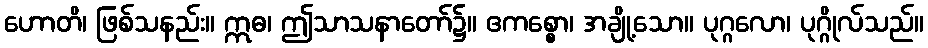
ဟောတိ၊ ဖြစ်သနည်း။ ဣဓ၊ ဤသာသနာတော်၌။ ဧကစ္စော၊ အချို့သော။ ပုဂ္ဂလော၊ ပုဂ္ဂိုလ်သည်။